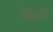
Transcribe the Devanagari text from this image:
नेऊर